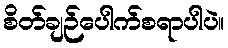
စိတ်ချဉ်ပေါက်စရာပါပဲ။